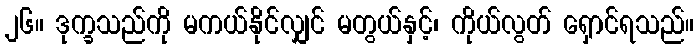
၂၆။ ဒုက္ခသည်ကို မကယ်နိုင်လျှင် မတွယ်နှင့်၊ ကိုယ်လွတ် ရှောင်ရသည်။